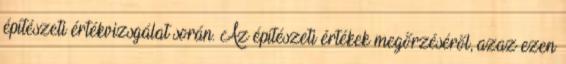
építészeti értékvizsgálat során. Az építészeti értékek megőrzéséről, azaz ezen